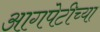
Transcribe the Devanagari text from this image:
आगपेटीच्या